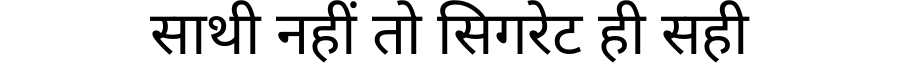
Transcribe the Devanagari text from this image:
साथी नहीं तो सिगरेट ही सही